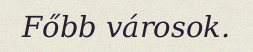
Főbb városok.